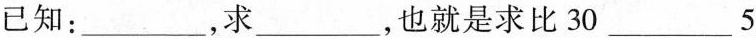
已知：___，求___，也就是求比30___5